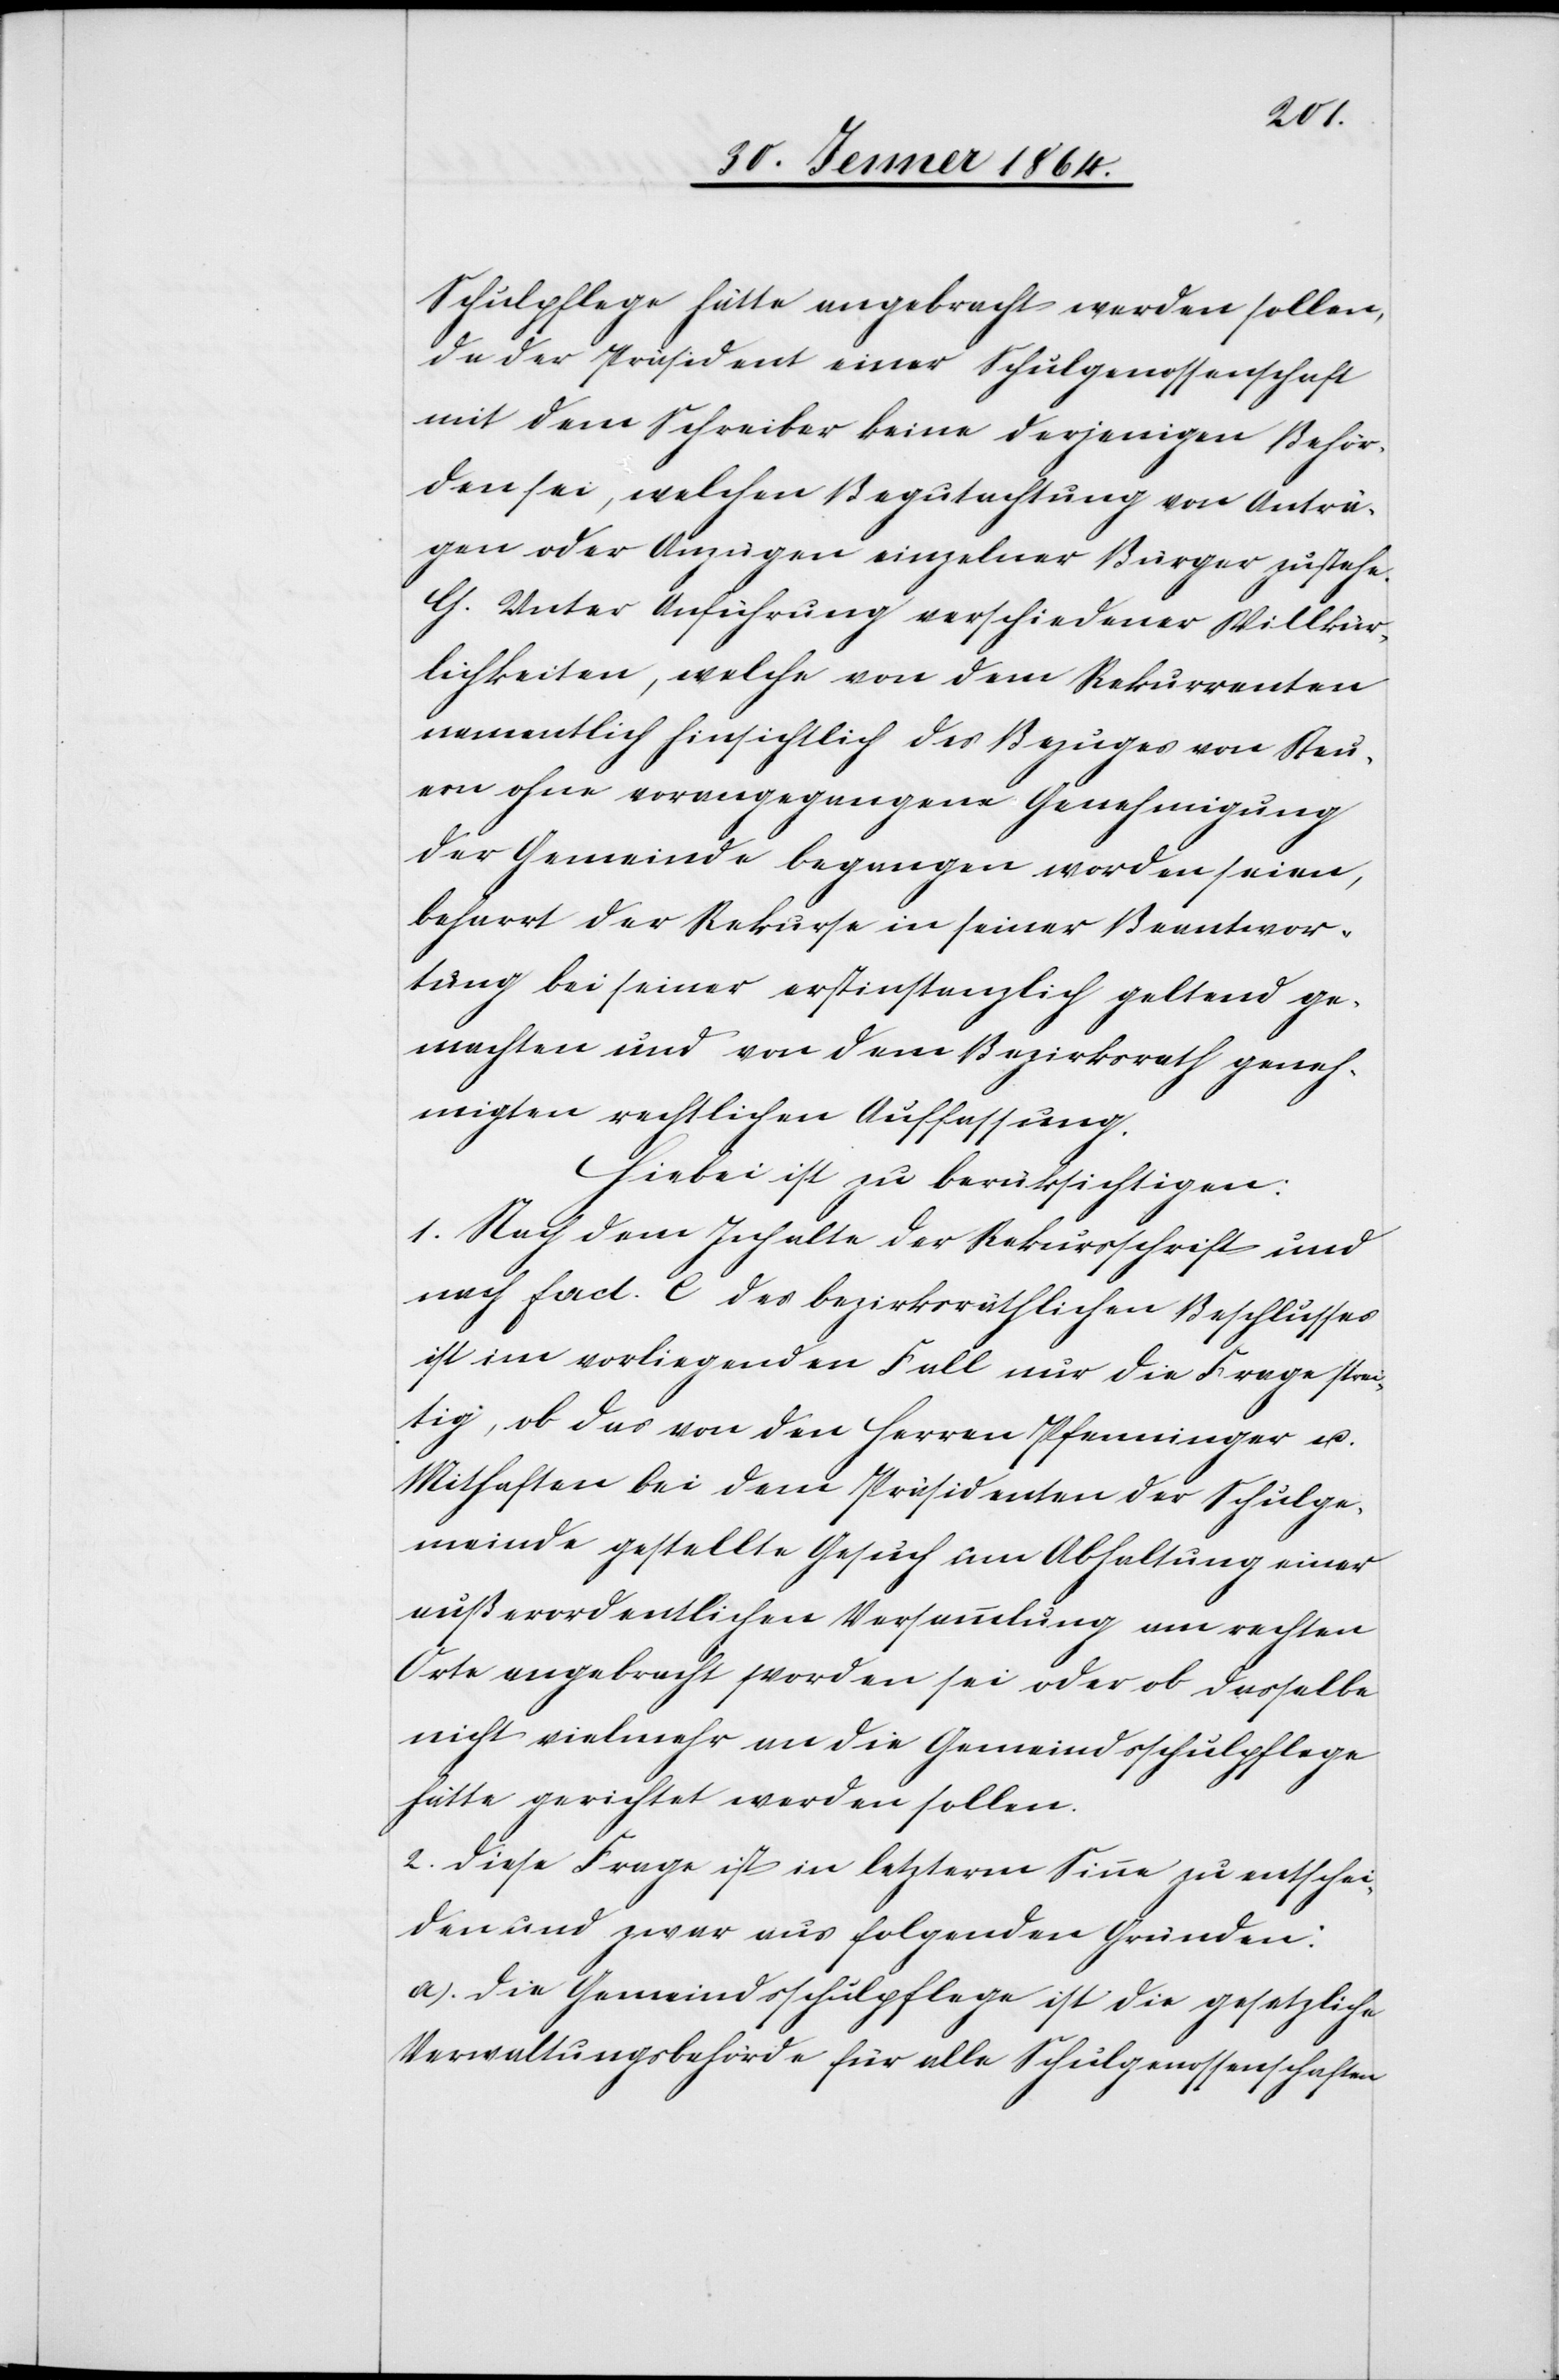
Schulpflege hätte angebracht werden sollen,
da der Präsident einer Schulgenossenschaft
mit dem Schreiber keine derjenigen Behör¬
den sei, welchen Begutachtung von Anträ¬
gen oder Anzügen einzelner Bürger zustehe.
G. Unter Anführung verschiedener Willkür¬
lichkeiten, welche von dem Rekurrenten
vermutlich hinsichtlich des Bezuges von Steu¬
ern ohne vorangegangene Genehmigung
der Gemeinde begangen worden seien,
beharrt der Rekurse in seiner Beantwor¬
tung bei seiner erstinstanzlich geltend ge¬
machten und von dem Bezirksrath geneh¬
migten rechtlichen Auffassung.
Hiebei ist zu berücksichtigen:
1. Nach dem Inhalte der Rekursschrift und
nach fact. C des bezirksräthlichen Beschlusses
ist im vorliegenden Fall nur die Frage strei¬
tig, ob das von den Herren Pfenninger u.
Mithaften bei dem Präsidenten der Schulge¬
meinde gestellte Gesuch um Abhaltung einer
außerordentlichen Versammlung am rechten
Orte angebracht worden sei oder ob dasselbe
nicht vielmehr an die Gemeindsschulpflege
hätte gerichtet werden sollen.
2. Diese Frage ist in letzterm Sinne zu entschei¬
den und zwar aus folgenden Gründen:
a.) Die Gemeindschulpflege ist die gesetzliche
Verwaltungsbehörde für alle Schulgenossenschaften